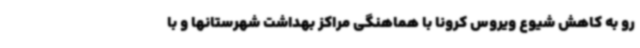
رو به کاهش شیوع ویروس کرونا با هماهنگی مراکز بهداشت شهرستانها و با